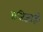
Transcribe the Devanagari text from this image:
प्रतिज्ञाही